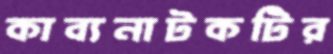
কাব্যনাটকটির